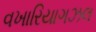
વખારિયાગઝલ